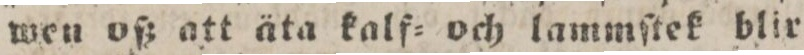
weu oß att äta kalf= och lammſtek blir